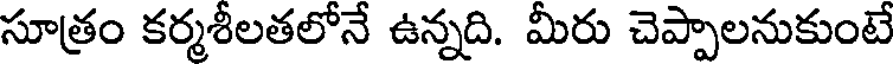
సూత్రం కర్మశీలతలోనే ఉన్నది. మీరు చెప్పాలనుకుంటే